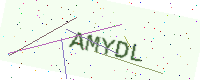
Text: AMYDL